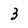
Character: 3